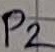
Text: P2